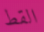
القط